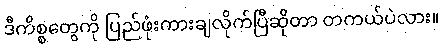
ဒီကိစ္စတွေကို ပြည်ဖုံးကားချလိုက်ပြီဆိုတာ တကယ်ပဲလား။